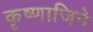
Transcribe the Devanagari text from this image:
कृष्णाजिने